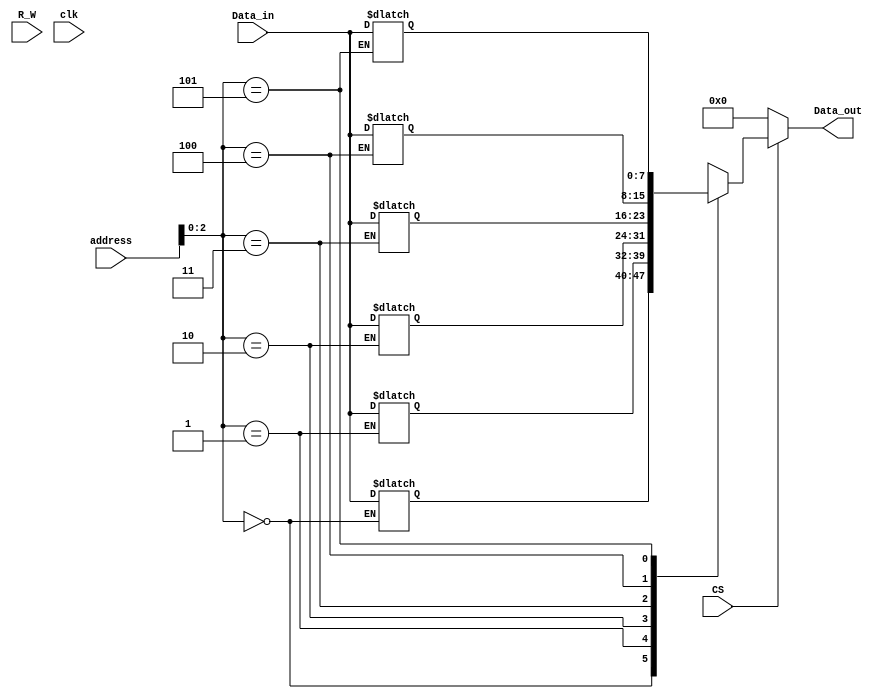
module RAM64to8 (Data_in, address, CS, R_W, clk, Data_out);

input [7:0] Data_in;
input [5:0] address;
input CS,R_W, clk;

reg[7:0] mem[0:5]; // 8 bit memory array list
reg[7:0] mem_out; // store input

output [7:0] Data_out;

//Writing 
always@( R_W == 1 && CS == 1) begin
		mem[address] = Data_in;
	end
	
//Reading 
always@(R_W == 0)begin
	mem_out = mem[address];
end

assign Data_out = CS? mem_out:8'b0;

endmodule